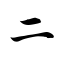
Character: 二